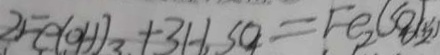
2 F e ( O H ) _ { 3 } + 3 H _ { 2 } S O _ { 4 } = F e _ { 2 } ( S O _ { 4 } ) _ { 2 }